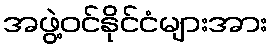
အဖွဲ့ဝင်နိုင်ငံများအား